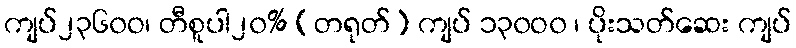
ကျပ်၂၃၆၀ဝ၊ တီစူပါ၂၀% (တရုတ်) ကျပ် ၁၃၀ဝ၀ ၊ ပိုးသတ်ဆေး ကျပ်